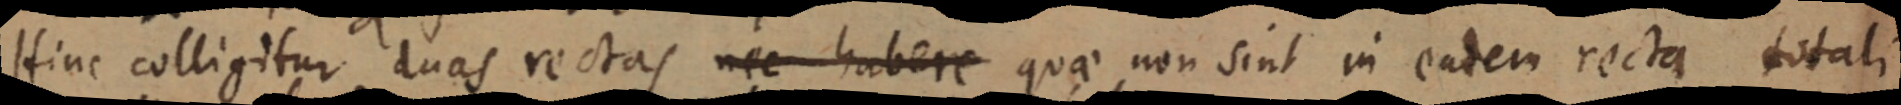
Hinc colligitur duas rectas nec habere quae non sint in eadem recta totali